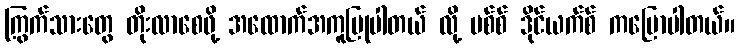
ကြွက်သားတွေ တိုးလာစေဖို့ အထောက်အကူပြုပါတယ် လို့ မစ်စ် ဒိုင်ယက်စ် ကပြောပါတယ်။